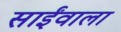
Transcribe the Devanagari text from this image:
साईंवाला